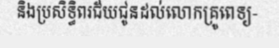
និងប្រសិទ្ធិពរជ័យជូនដល់លោកគ្រូពេទ្យ-